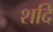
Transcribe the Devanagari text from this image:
शदि